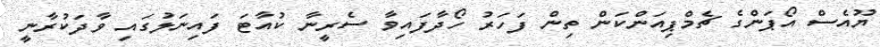
ޔޫއެސް އޯޕަންގެ ޗެމްޕިއަންކަން ތިން ފަހަރު ހޯދާފައިވާ ސެރީނާ ކުއާޓަ ފައިނަލުގައި ވާދަކުރާނީ